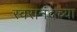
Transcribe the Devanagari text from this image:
स्वरानंदच्या